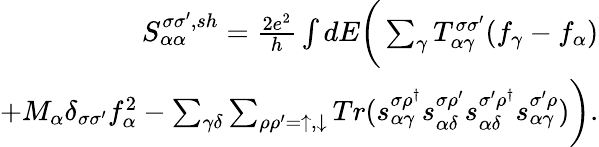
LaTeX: \begin{array}{r}{{S_{\alpha\alpha}^{\sigma\sigma^{\prime},sh}}=\frac{2e^{2}}{h}\int dE\bigg(\sum_{\gamma}T_{\alpha\gamma}^{\sigma\sigma^{\prime}}(f_{\gamma}-f_{\alpha})}\\ {+M_{\alpha}\delta_{\sigma\sigma^{\prime}}f_{\alpha}^{2}-\sum_{\gamma\delta}\sum_{\rho\rho^{\prime}=\uparrow,\downarrow}Tr(s_{\alpha\gamma}^{\sigma\rho^{\dagger}}s_{\alpha\delta}^{\sigma\rho^{\prime}}s_{\alpha\delta}^{\sigma^{\prime}\rho^{\dagger}}s_{\alpha\gamma}^{\sigma^{\prime}\rho})\bigg).}\end{array}